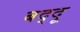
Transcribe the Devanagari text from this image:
बद्दू